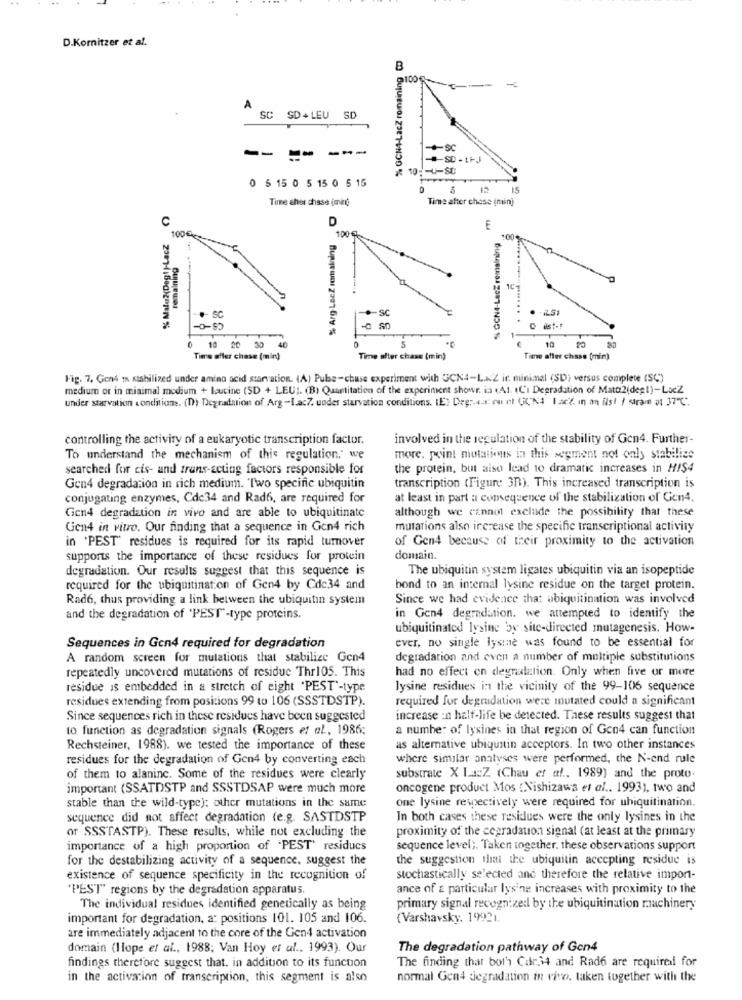
D.Kornitzer et al.
% GCN4-LacZ romaining
B
91008
A
SC SD+ LEU SD
+-Sc
-- -- ---
-SD-IFJ
0 6 15 0 5 15 0 5 15
Time ches chase (mint
Time after chose (min)
C
D
E
% GON4-LacZ remaining
100€
% Arg-Lacz remaining
100%
100
remaining
.- SC
sc
SC
C ist -!
5
1-
10
0 10 20 30
40
Time ofler chase (min)
Time after chass (min)
Tiene after chase [min)
Fig. 7. Gen4 1 stshilized under amino acid starvation. (A) Pulse-chase experiment with GCN4-LxZ ir. minimal (SD) versus complete (SC)
medium or in minimal modium + leucine (SD + LEU ;. (B) Quantitation of the experiment showr. ia (Al. (C'I Degradation of Matt2(degt)-LacZ
under starvation condition. (D) Degradsion of Arg-Iac7. under starvation conditions. (E) Deg ;. ca: ou nt (CN4"Iac. in an ils! / ram a: 37"℃".
controlling the activity of a eukaryotic transcription factor.
involved in the regulation of the stability of Gen4. Further-
To understand the mechanism of this regulation. we
more. point mutations in this segment not only stabilise
searched for cis- and trans-acting factors responsible for
the protein, but also lead 10 dramatic increases in HIS4
transcription (Figure 3R). This increased transcription is
Gen4 degradation in rich medium. "Two specific ubiquitin
conjugating enzymes, Cde34 and Rad6, are required for
at least in part a consequence of the stabilization of Gen4.
although we cannot exclude the possibility that these
Gen4 degradation in vivo and are able to ubiquitinate
Gen4 in vitro. Our finding that a sequence in Gon4 rich
mutations also increase the specific transcriptional activity
in 'PEST" residues is required for its rapid turnover
of Gen4 because of their proximity to the activation
supports the importance of these residues for protein
domain.
degradation. Our results suggest that this sequence is
The ubiquitin system ligates ubiquitin via an isopeptide
required for the ubiquitination of Gen4 by Cde34 and
bond to an internal lysine residue on the target protein.
Rad6, thus providing a link between the ubiquitin system
Since we had evidence that ubiquitination was involved
and the degradation of 'PEST"-type proteins.
in Gen4 degradation. we attempted to identify the
ubiquitinated lysine by site-directed mutagenesis. How-
ever, no single lysine was found to be essential for
Sequences in Gon4 required for degradation
A random screen for mutations that stabilize Gen4
degradation and even a number of multiple substitutions
repeatedly uncovered mutations of residue Thr105. This
had no effect on degradation. Only when five or more
residue is embedded in a stretch of eight "PEST'-type
lysine residues in the vicinity of the 99-106 sequence
residues extending from positions 99 to 106 (SSSTDSTP).
required for degradation were mutated could a significant
Since sequences rich in these residues have been suggested
increase :n half-life be detected. These results suggest that
to function as degradation signals (Rogers et al ., 1986;
a number of lysines in that region of Gon4 can function
Rechsteiner, 1988). we tested the importance of these
as altemative ubiquitin acceptors. In two other instances
residues for the degradation of Gen4 by converting each
where similar analyses were performed, the N-end rule
of them to alaninc. Some of the residues were clearly
substrate X La:Z (Chau et al ., 1989) and the proto.
important (SSATDSTP and SSSTDSAP were much more
oncogene product Mos (Nishizawa et al .. 1993), two and
stable than the wild-type); other mutations in the same
one lysine rewectively were required for ubiquitination.
sequence did not affect degradation (e.g. SASTDSTP
In both cases these residues were the only lysines in the
or SSSTASTP). These results, while not excluding the
proximity of the cegradation signal (at least at the primary
importance of a high proportion of 'PEST' residucs
sequence level). Taken together. these observations support
for the destabilizing activity of a sequence. suggest the
the suggestion that the ubiquitin accepting residue is
existence of sequence specificity in the recognition of
stochastically selected and therefore the relative import-
'PEST" regions by the degradation apparatus.
ance of & particular lysine increases with proximity to the
The individual residues identified genetically as being
primary signal recognized by the ubiquitination machinery
important for degradation, at positions 101. 105 and 106.
(Varshavsky. 19921.
are immediately adjacent to the core of the Gen4 activation
domain (Hope et al ., 1988; Van Hoy et al ., 1993). Our
The degradation pathway of Gon4
findings therefore suggest that. in addition to its function
The finding that both Car34 and Rad6 are required for
in the activation of transcription, this segment is also
normal Gen4 degradation in vivo, taken together with the